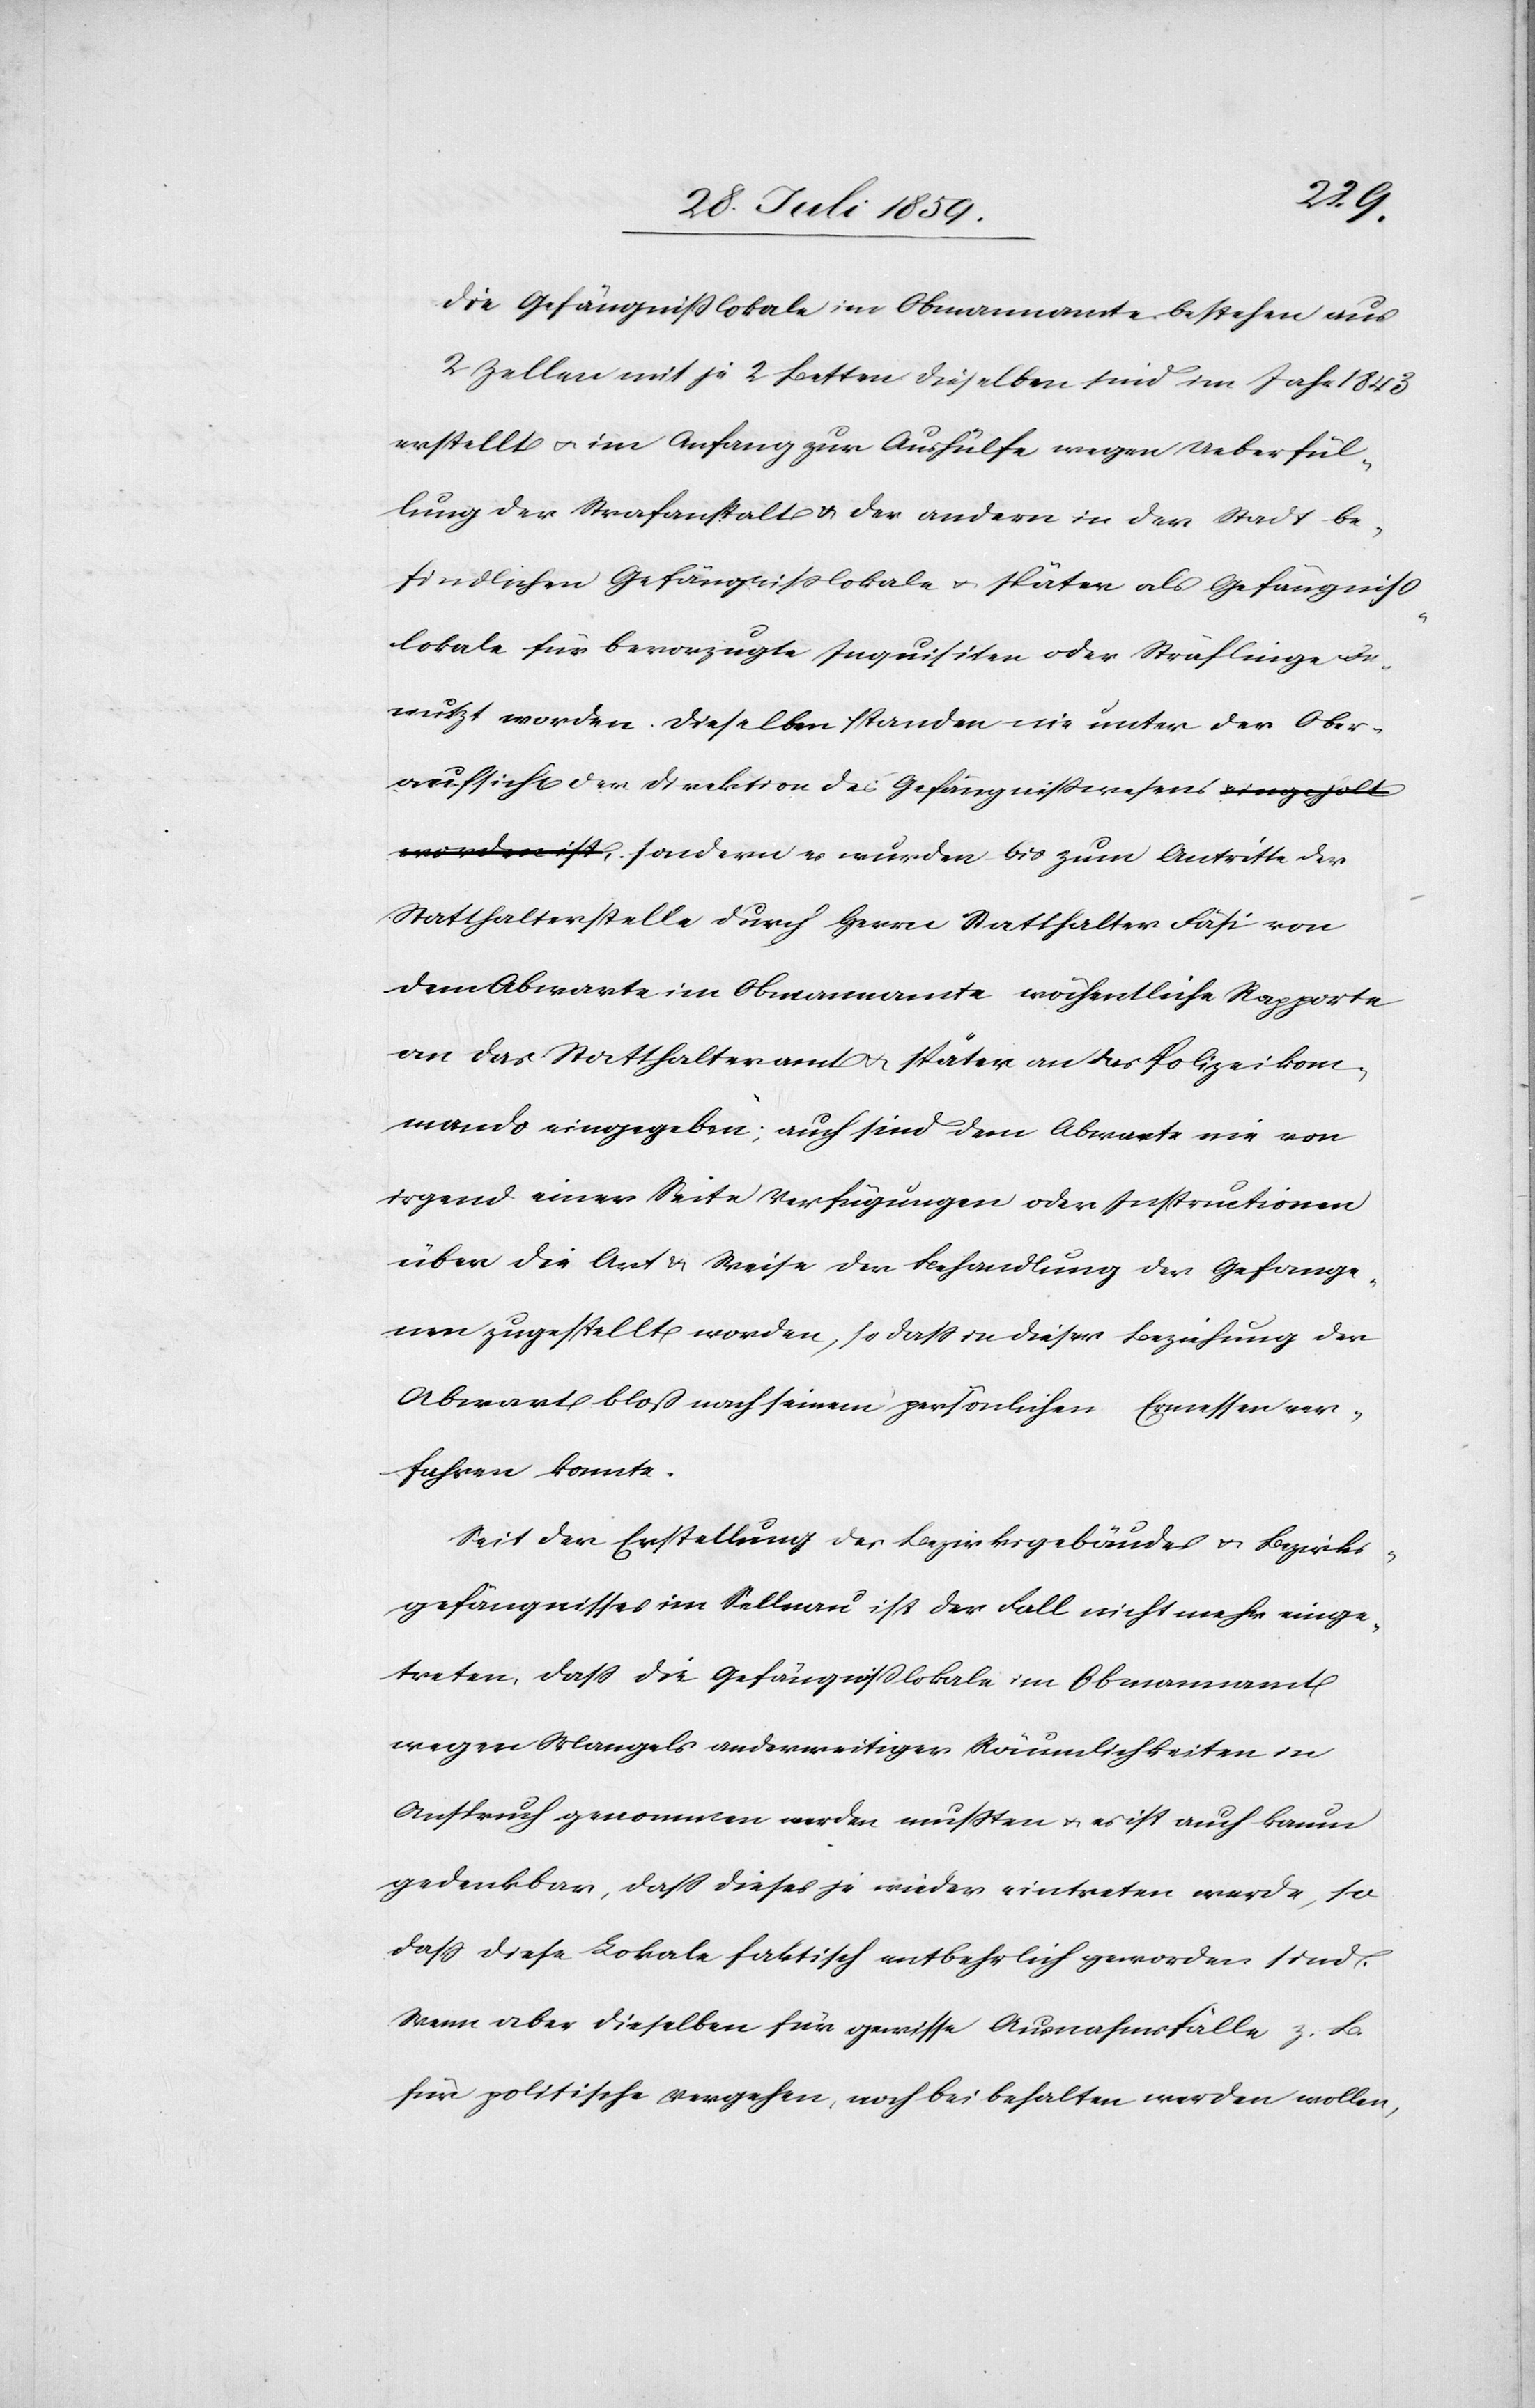
Die Gefängnißlokale im Obmannamte bestehen aus
2 Zellen mit je 2 Betten dieselben sind im Jahr 1843
erstellt u. im Anfang zur Aushülfe wegen Ueberfül¬
lung der Strafanstalt u. der andern in der Stadt be¬
findlichen Gefängnißlokale u. später als Gefängniß¬
lokale für bevorzugte Inquisiten oder Sträflinge be¬
nutzt worden. Dieselben standen nie unter der Ober¬
aufsicht der Direktion des Gefängnißwesens sondern es
Statthalterstelle durch Herrn Statthalter Fäsi von
dem Abwarte im Obmannamte wöchentliche Rapporte
an das Statthalteramt u. später an das Polizeikom¬
mando eingegeben; auch sind dem Abwarte nie von
irgend einer Seite Verfügungen oder Instructionen
über die Art u. Weise der Behandlung der Gefange¬
nen zugestellt worden, so daß in dieser Beziehung der
Abwart bloß nach seinem persönlichen Ermessen ver¬
fahren konnte.
Seit der Erstellung des Bezirksgebäudes u. Bezirks¬
gefängnisses im Sellnau ist der Fall nicht mehr einge¬
treten, daß die Gefängnißlokale im Obmannamt
wegen Mangels anderweitiger Räumlichkeiten in
Anspruch genommen werden mußten u. es ist auch kaum
gedenkbar, daß dieses je wieder eintreten werde, so
daß diese Lokale faktisch entbehrlich geworden sind.
Wenn aber dieselben für gewisse Ausnahmsfälle z. B.
für politische Vergehen, noch beibehalten werden wollen,